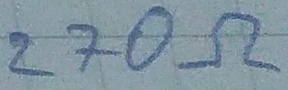
Text: 270Ω